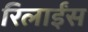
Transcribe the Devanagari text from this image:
रिलाईंस